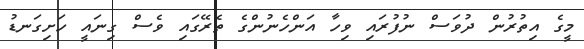
މީގެ އިތުރުން ދުވަސް ނުފުރައި ވިހާ އަންހެނުންގެ ތެރޭގައި ވެސް ގިނައީ ހަށިގަނޑު